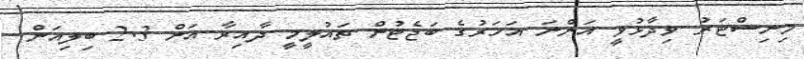
މިނިސްޓަރު ވިދާޅުވީ އަންނަ އަހަރުގެ ބަޖެޓުން ތައުލީމީ ދާއިރާ އަށް 2.3 ބިލިއަން